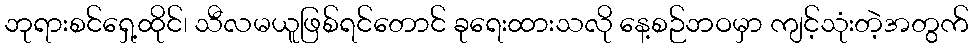
ဘုရားစင်ရှေ့ထိုင်၊ သီလမယူဖြစ်ရင်တောင် ခုရေးထားသလို နေ့စဉ်ဘဝမှာ ကျင့်သုံးတဲ့အတွက်